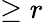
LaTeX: \geq r